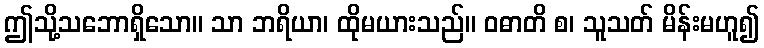
ဤသို့သဘောရှိသော။ သာ ဘရိယာ၊ ထိုမယားသည်။ ဝဓာတိ စ၊ သူသတ် မိန်းမဟူ၍